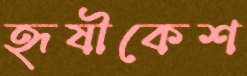
হৃষীকেশ